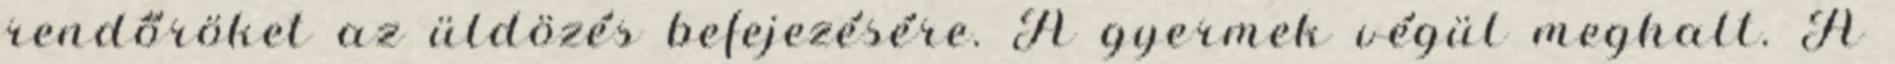
rendőröket az üldözés befejezésére. A gyermek végül meghalt. A